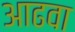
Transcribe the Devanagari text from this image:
आढवा